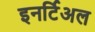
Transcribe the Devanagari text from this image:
इनर्टिअल